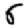
Digit: 6